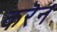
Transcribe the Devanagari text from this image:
करॆन